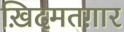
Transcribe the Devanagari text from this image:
ख़िदमतग़ार